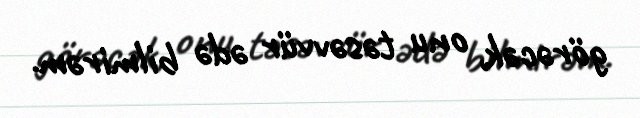
görəcək, onu təsəvvür ədə bilmirəm.